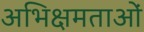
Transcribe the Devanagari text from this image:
अभिक्षमताओं